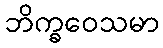
ဘိက္ခဝေသမာ